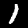
Label: 1